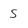
Character: S